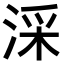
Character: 𣶶